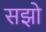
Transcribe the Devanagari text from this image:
सझो